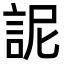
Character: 䛏